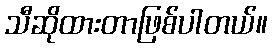
သီဆိုထားတာဖြစ်ပါတယ်။